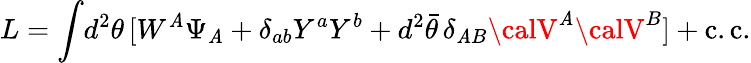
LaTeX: L=\int\! d^{2}\theta\, [W^{\mathit{A}}\Psi_{\mathit{A}}+\delta_{ab}Y^{a}Y^{b}+d^{2}\bar{{\theta}}\, \delta_{\mathit{A}B}{\calV}^{\mathit{A}}{\calV}^{B}]+\mathrm{{c.c.}}